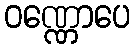
ဝဏ္ဏောပေ